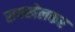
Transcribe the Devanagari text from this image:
रायखेलकर